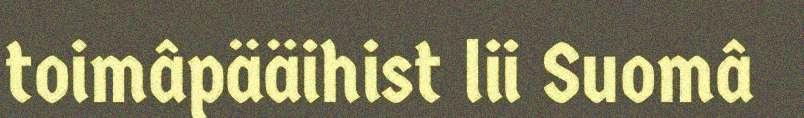
toimâpääihist lii Suomâ